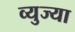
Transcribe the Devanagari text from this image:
व्युज्या